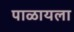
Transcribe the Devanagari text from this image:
पाळायला